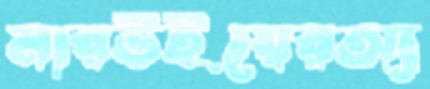
মারউইয়েরঅ্য